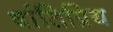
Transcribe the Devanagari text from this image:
षांतिप्रिय